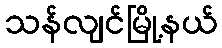
သန်လျင်မြို့နယ်